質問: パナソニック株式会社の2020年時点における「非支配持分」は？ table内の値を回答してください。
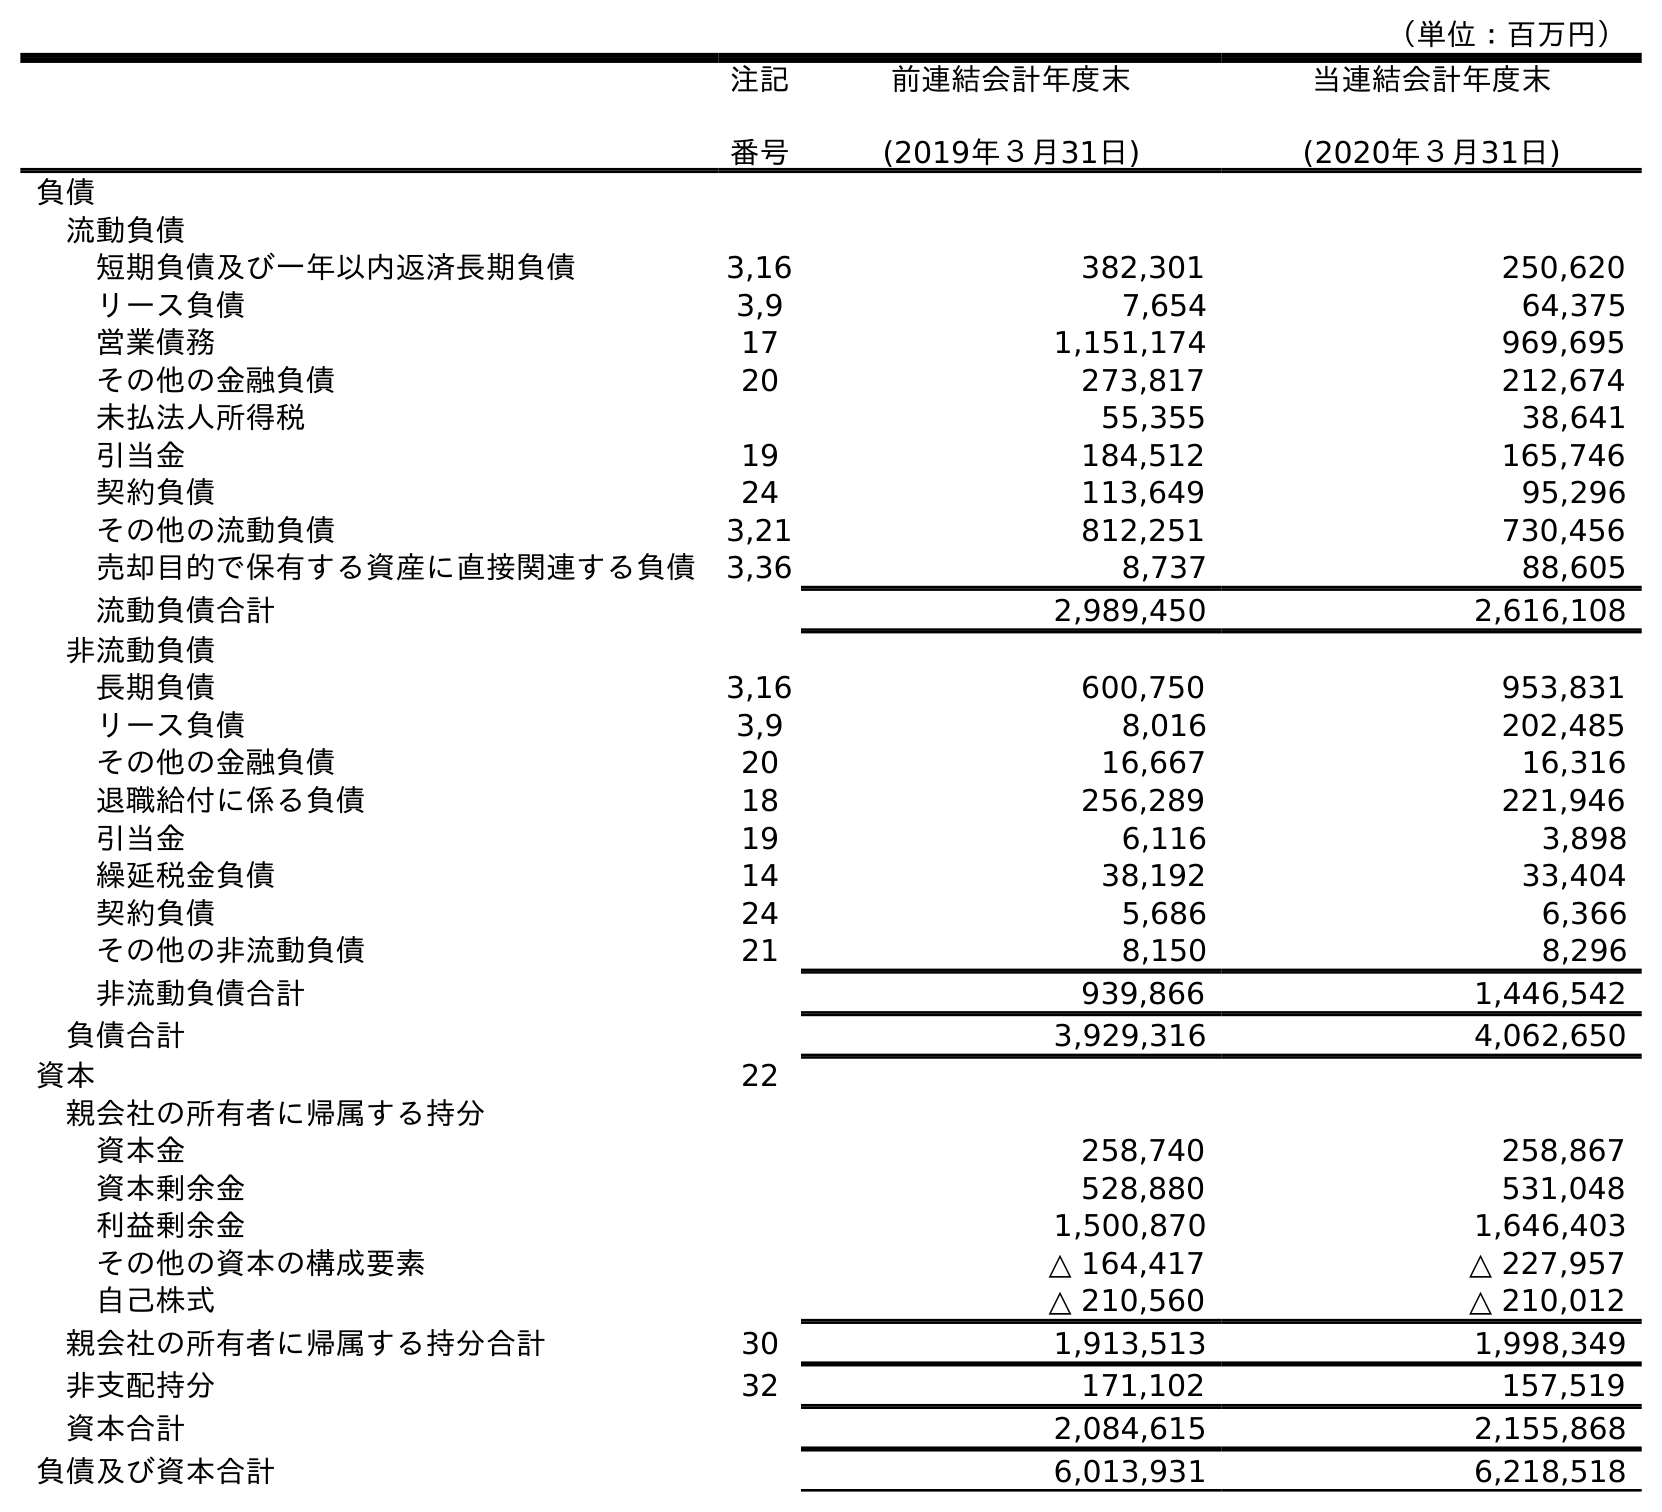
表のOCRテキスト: （単位：百万円） 注記 番号 前連結会計年度末 (2019年３月31日) 当連結会計年度末 (2020年３月31日) 負債 流動負債 短期負債及び一年以内返済長期負債 3,16 382,301 250,620 リース負債 3,9 7,654 64,375 営業債務 17 1,151,174 969,695 その他の金融負債 20 273,817 212,674 未払法人所得税 55,355 38,641 引当金 19 184,512 165,746 契約負債 24 113,649 95,296 その他の流動負債 3,21 812,251 730,456 売却目的で保有する資産に直接関連する負債 3,36 8,737 88,605 流動負債合計 2,989,450 2,616,108 非流動負債 長期負債 3,16 600,750 953,831 リース負債 3,9 8,016 202,485 その他の金融負債 20 16,667 16,316 退職給付に係る負債 18 256,289 221,946 引当金 19 6,116 3,898 繰延税金負債 14 38,192 33,404 契約負債 24 5,686 6,366 その他の非流動負債 21 8,150 8,296 非流動負債合計 939,866 1,446,542 負債合計 3,929,316 4,062,650 資本 22 親会社の所有者に帰属する持分 資本金 258,740 258,867 資本剰余金 528,880 531,048 利益剰余金 1,500,870 1,646,403 その他の資本の構成要素 △ 164,417 △ 227,957 自己株式 △ 210,560 △ 210,012 親会社の所有者に帰属する持分合計 30 1,913,513 1,998,349 非支配持分 32 171,102 157,519 資本合計 2,084,615 2,155,868 負債及び資本合計 6,013,931 6,218,518
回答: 157,519